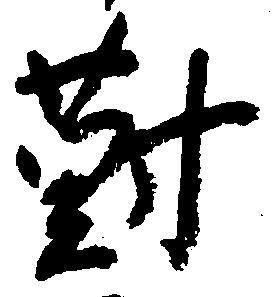
対